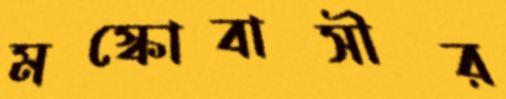
মস্কোবাসীর